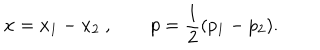
LaTeX: x = x _ { 1 } - x _ { 2 } \ , \qquad p = { \frac { 1 } { 2 } } ( p _ { 1 } - p _ { 2 } ) .